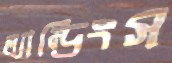
ল্যান্ডিংস